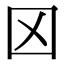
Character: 龱